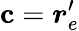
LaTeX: {\mathbf c=\boldsymbol r_{e}^{\prime}}